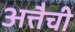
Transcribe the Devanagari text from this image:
अत्तैची